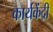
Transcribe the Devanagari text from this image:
कार्यकेंद्री